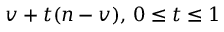
v + t ( n - v ) , \, 0 \leq t \leq 1